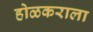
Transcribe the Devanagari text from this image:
होळकराला